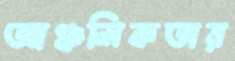
আঞ্চলিকতার